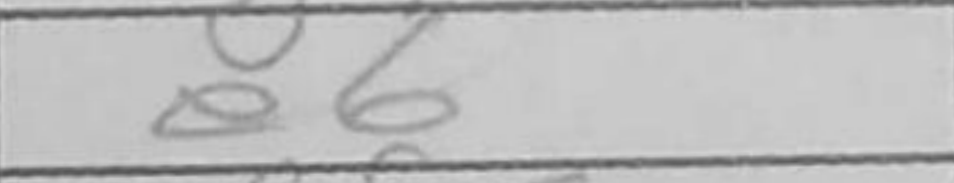
Transcription: e6